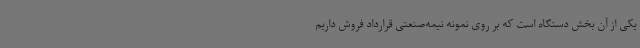
یکی از آن بخش دستگاه است که بر روی نمونه نیمه‌صنعتی قرارداد فروش داریم